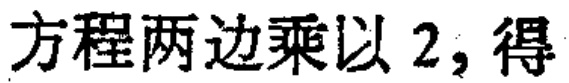
方程两边乘以 \(2\)，得